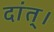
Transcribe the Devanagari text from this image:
दांत्।